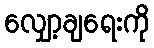
လျှော့ချရေးကို